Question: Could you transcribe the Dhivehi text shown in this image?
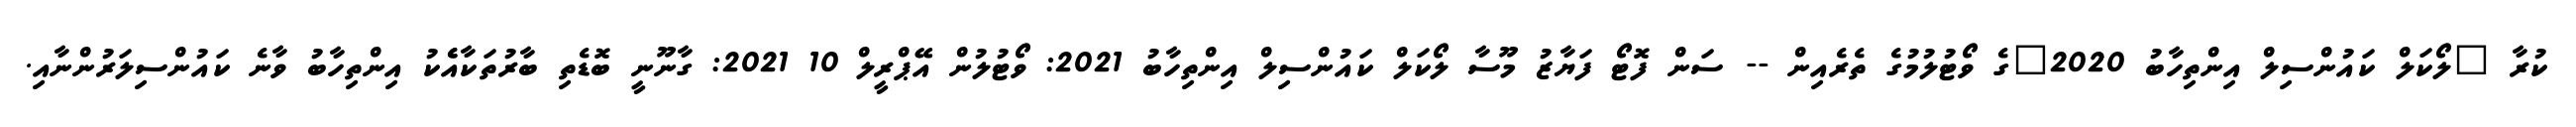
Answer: ކުރާ "ލޯކަލް ކައުންސިލް އިންތިހާބު 2020"ގެ ވޯޓުލުމުގެ ތެރެއިން -- ސަން ފޮޓޯ ފަޔާޒު މޫސާ ލޯކަލް ކައުންސިލް އިންތިހާބު 2021: ވޯޓުލުން އޭޕްރީލް 10 2021: ގާނޫނީ ބޮޑެތި ބާރުތަކާއެެކު އިންތިހާބު ވާނެ ކައުންސިލަރުންނާއި.